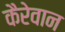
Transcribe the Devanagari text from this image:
कैरेवान